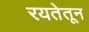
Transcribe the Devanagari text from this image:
रयतेतून